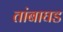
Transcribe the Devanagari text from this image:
तांबाघड